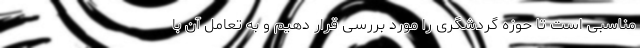
مناسبی است تا حوزه گردشگری را مورد بررسی قرار دهیم و به تعامل آن با